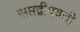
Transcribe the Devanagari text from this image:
सप्तद्वीपवती